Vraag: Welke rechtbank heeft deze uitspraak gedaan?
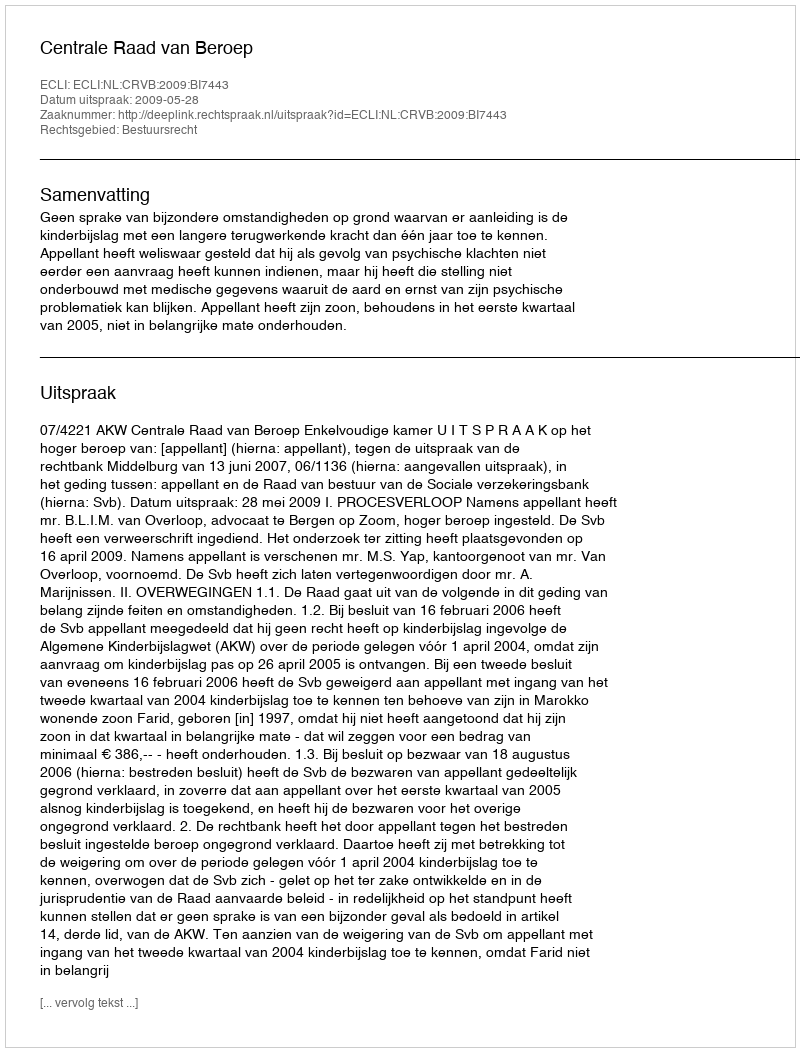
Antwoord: Centrale Raad van Beroep